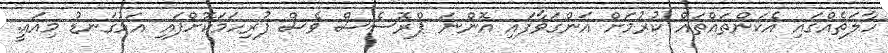
ހާލަތެއްގައި އެކަންތައްތައް ކުރުމަށް އަންގަވާފައި އޮންނަ ޕްރޮސެސް ވެސް ފުރިހަމަކޮށްފައި އަޅުގަނޑު މިއައީ.